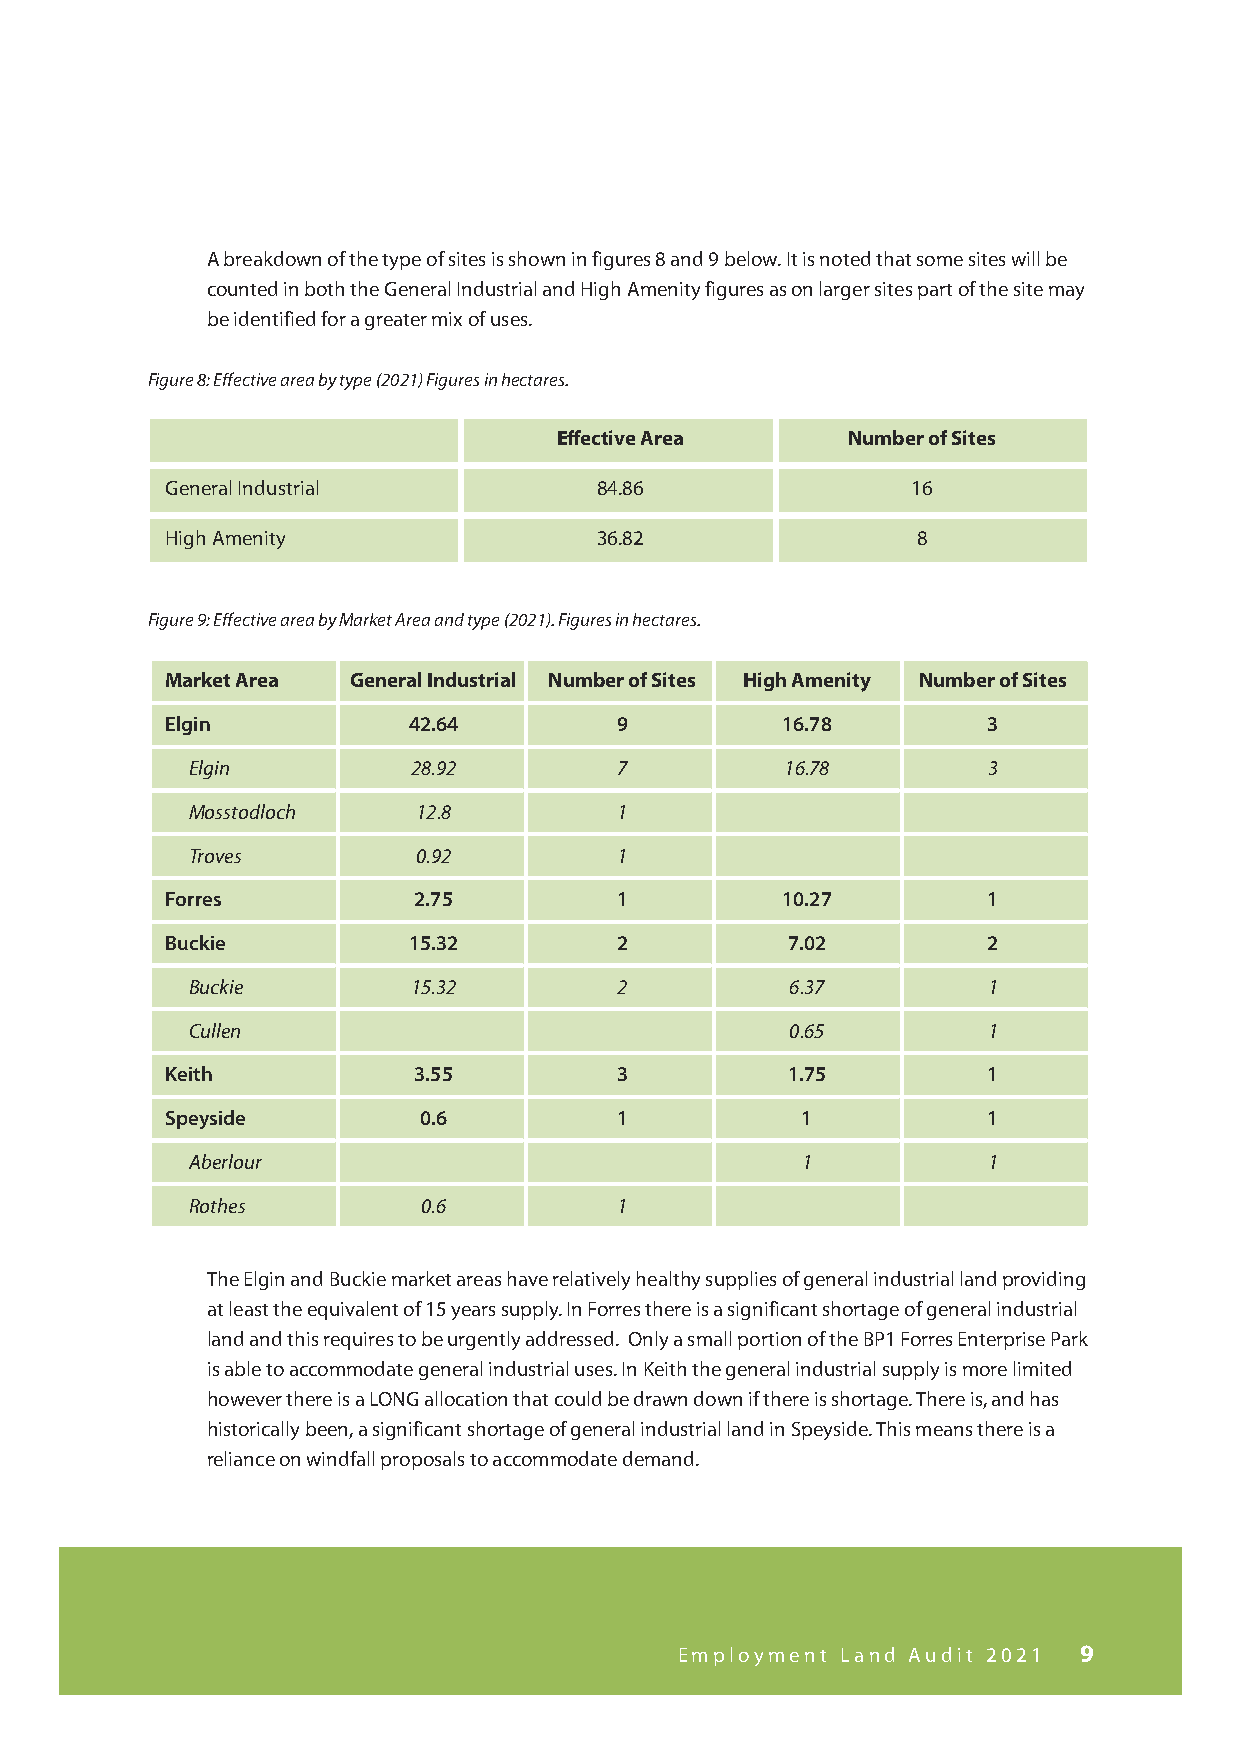
A breakdown of the type of sites is shown in figures 8 and 9 below. It is noted that some sites will be
 counted in both the General Industrial and High Amenity figures as on larger sites part of the site may
 be identified for a greater mix of uses.
 Figure 8: Effective area by type (2021) Figures in hectares.
 Effective Area     Number of Sites
 General Industrial          84.86                16
 High Amenity                36.82                 8
 Figure 9: Effective area by Market Area and type (2021). Figures in hectares.
 Market Area General Industrial Number of Sites High Amenity Number of Sites
 Elgin           42.64         9          16.78        3
 Elgin         28.92         7          16.78        3
 Mosstodloch    12.8         1
 Troves         0.92         1
 Forres          2.75          1          10.27        1
 Buckie          15.32         2          7.02         2
 Buckie        15.32         2          6.37         1
 Cullen                                 0.65         1
 Keith           3.55          3          1.75         1
 Speyside         0.6          1           1           1
 Aberlour                                1           1
 Rothes         0.6          1
 The Elgin and Buckie market areas have relatively healthy supplies of general industrial land providing
 at least the equivalent of 15 years supply. In Forres there is a significant shortage of general industrial
 land and this requires to be urgently addressed. Only a small portion of the BP1 Forres Enterprise Park
 is able to accommodate general industrial uses. In Keith the general industrial supply is more limited
 however there is a LONG allocation that could be drawn down if there is shortage. There is, and has
 historically been, a significant shortage of general industrial land in Speyside. This means there is a
 reliance on windfall proposals to accommodate demand.
 Employment Land Audit 2021 9